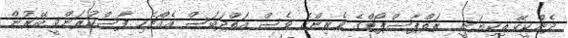
ދެންކީކޭ ތިކިޔަނީ  ރަތްޕާސްޕޯޓްގެ ވެރިންގެ ވެސް އަތްދަބަސް އެއްޗެހި ފާސްކުރަންވީ އޭރުން